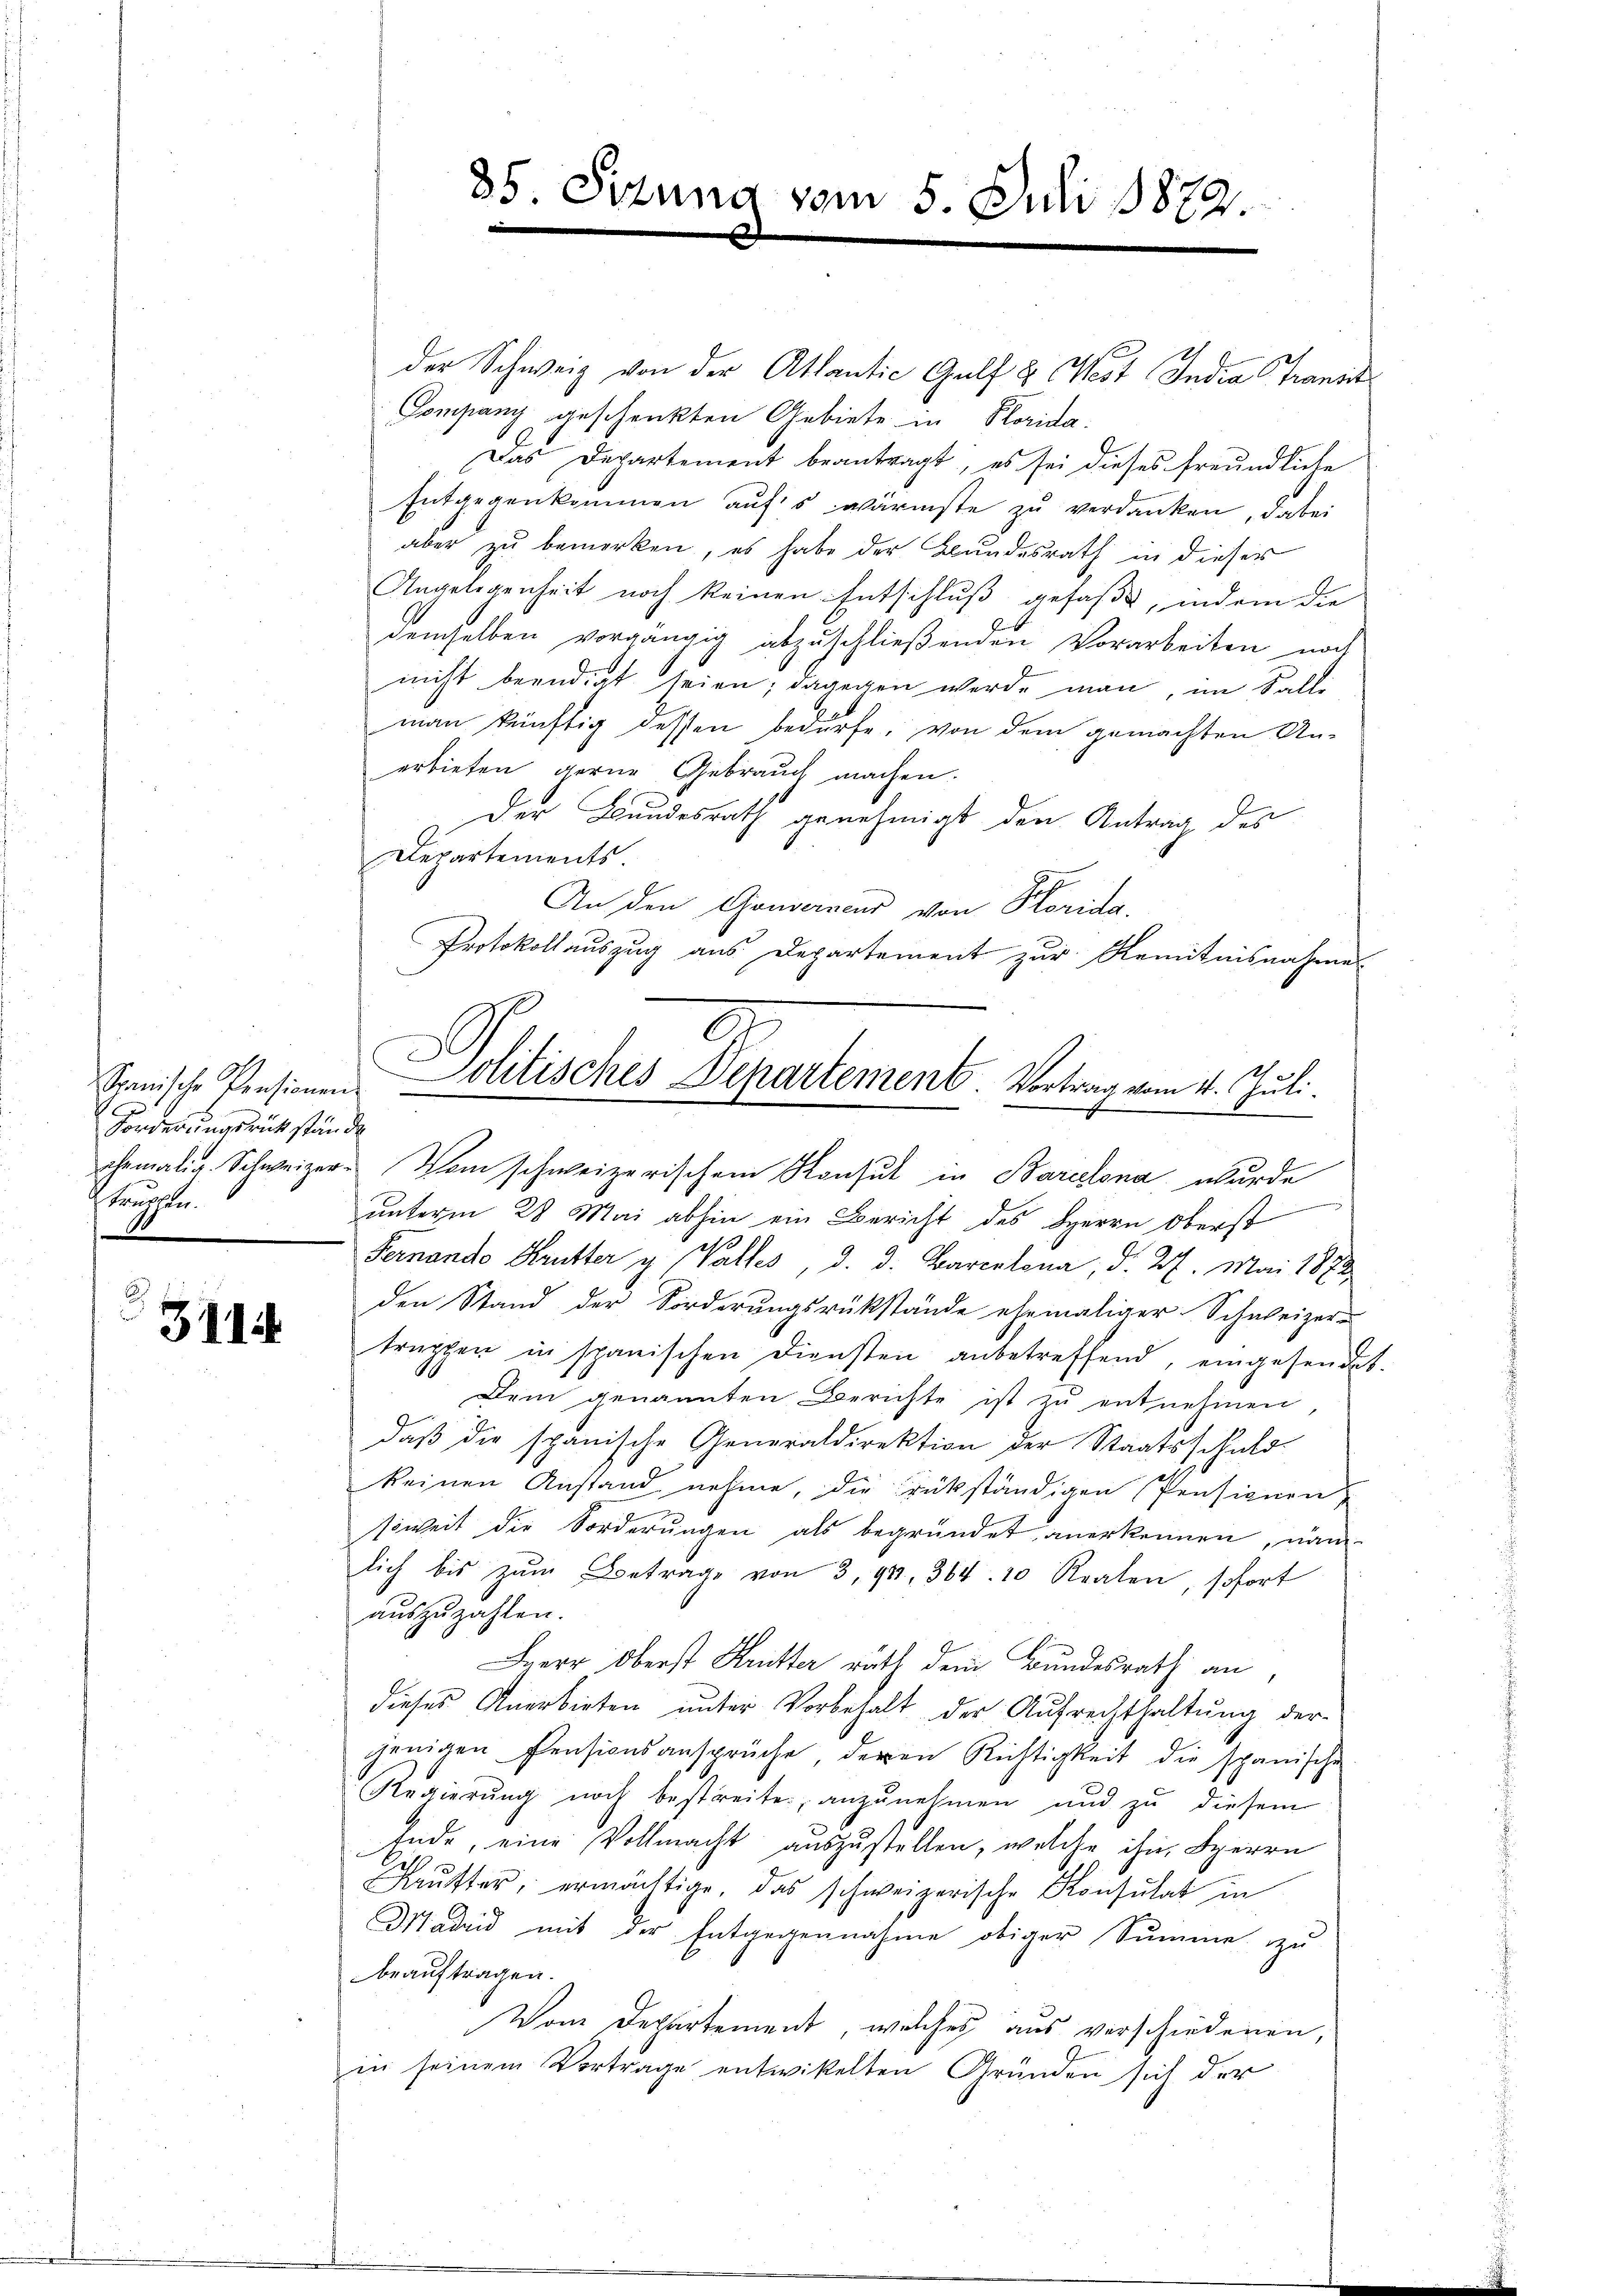
Spanische Pensionen
Forderungsrückstände
kangen.

3114

der Schweiz von der Atlantic Gulf & West India Trans
Company geschenkten Gebiete in Florida.
Das Departement beantragt, es sei dieses freundliche
Entgegenkommen aufs wärmste zu verdanken, dabei
aber zu bemerken, es habe der Bundesrath in dieser
Angelegenheit noch keinen Entschluß gefaßt, indem die
demselben vorgängig abzuschließenden Vorarbeiten noch
nicht beendigt seien; dagegen werde man, im Falle
man künftig dessen bedürfe, von dem gemachten An-
erbieten gerne Gebrauch machen.
Der Bundesrath genehmigt den Antrag des
Departements.
An den Gouverneur von Korida.
Protokollauszug aus Departement zur Remitnisnahme
ehemalig. Schweizer. Vom schweizerischen Konsul in Barcelona wurde
unterm 28 Mai abhin ein Bericht des Herrn Oberst
Fernando Krutter u. Valles, d. d. Barcelona, d. 27. Mai 1873.
den Stand der Forderungsrükstände ehemaliger Schweizer-
truppen in spanischen Diensten anbetreffend, eingesendet.
Dem genannten Berichte ist zŭ entnehmen,
daß die spanische Generaldirektion der Staatsschuld
keinen Anstand nehme, die rükständigen Pensionen
soweit die Forderungen als begründet anerkennen, näm-
lich bis zŭm Betrage von 3, 94. 364. 10 Realen, sofort
auszuzahlen.
Herr Oberst Krütter rath dem Bundesrath an,
dieses Anerbieten ŭnter Vorbehalt der Aŭfrechthaltŭng der
gjenigen Pensionsansprüche, deren Richtigkeit die spanische
Regierŭng noch bestreite, anzŭnehmen und zu diesem
Ende, eine Vollmacht auszustellen, welche ihn, Herrn
ŭtter, ermächtige, das schweizerische Konsulat in
Madrid mit der Entgegennahme obiger Summe zu
beauftragen.
Vom Departement, welches aus verschiedenen,
in seinem Vortrage entwikelten Gründen sich der

85. Setzung vom 5. Juli 1872.

2
Politisches Departement. Vortrag vom 4. Juli.
“